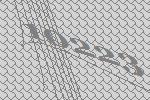
10223